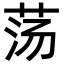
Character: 荡